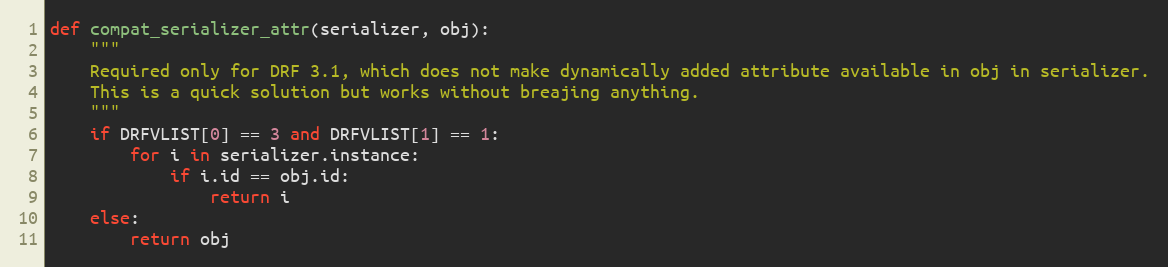
Language: Python
def compat_serializer_attr(serializer, obj):
    """
    Required only for DRF 3.1, which does not make dynamically added attribute available in obj in serializer.
    This is a quick solution but works without breajing anything.
    """
    if DRFVLIST[0] == 3 and DRFVLIST[1] == 1:
        for i in serializer.instance:
            if i.id == obj.id:
                return i
    else:
        return obj